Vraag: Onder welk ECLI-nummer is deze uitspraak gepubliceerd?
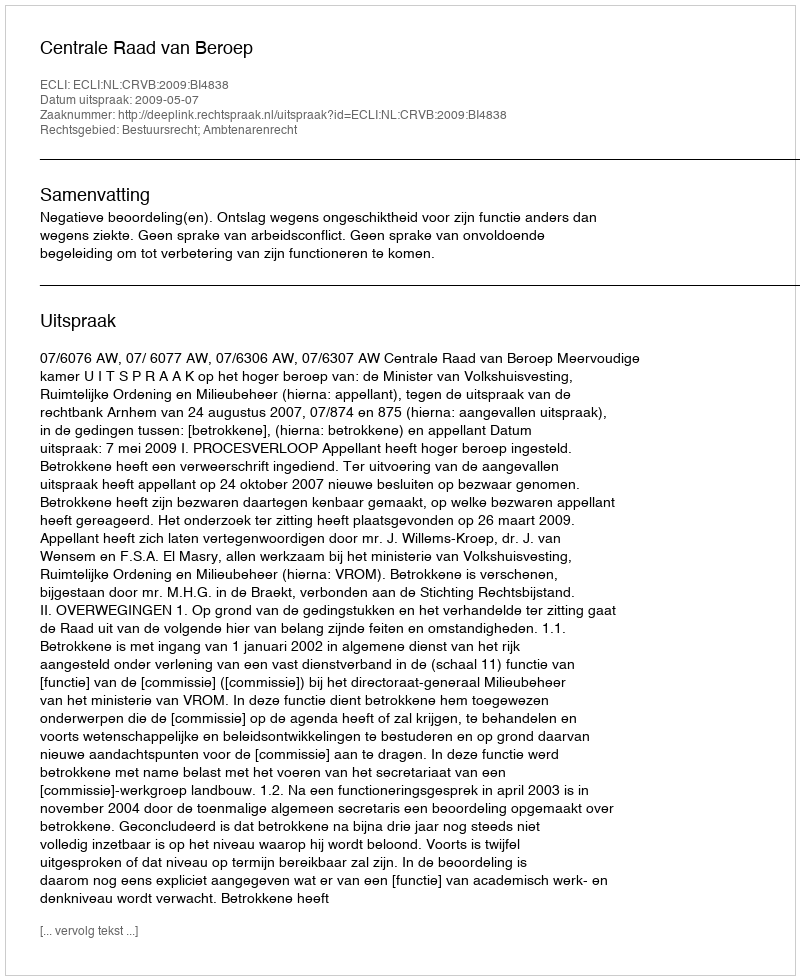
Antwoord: ECLI:NL:CRVB:2009:BI4838